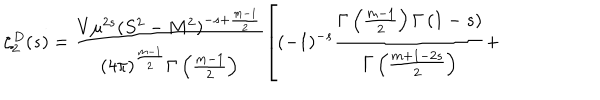
LaTeX: \zeta _ { 2 } ^ { D } ( s ) = \frac { V \mu ^ { 2 s } ( S ^ { 2 } - M ^ { 2 } ) ^ { - s + \frac { m - 1 } { 2 } } } { ( 4 \pi ) ^ { \frac { m - 1 } { 2 } } \Gamma \left( \frac { m - 1 } { 2 } \right) } \left[ ( - 1 ) ^ { - s } \frac { \Gamma \left( \frac { m - 1 } { 2 } \right) \Gamma \left( 1 - s \right) } { \Gamma \left( \frac { m + 1 - 2 s } { 2 } \right) } + \right.